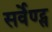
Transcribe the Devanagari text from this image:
सर्वेण्ट्स